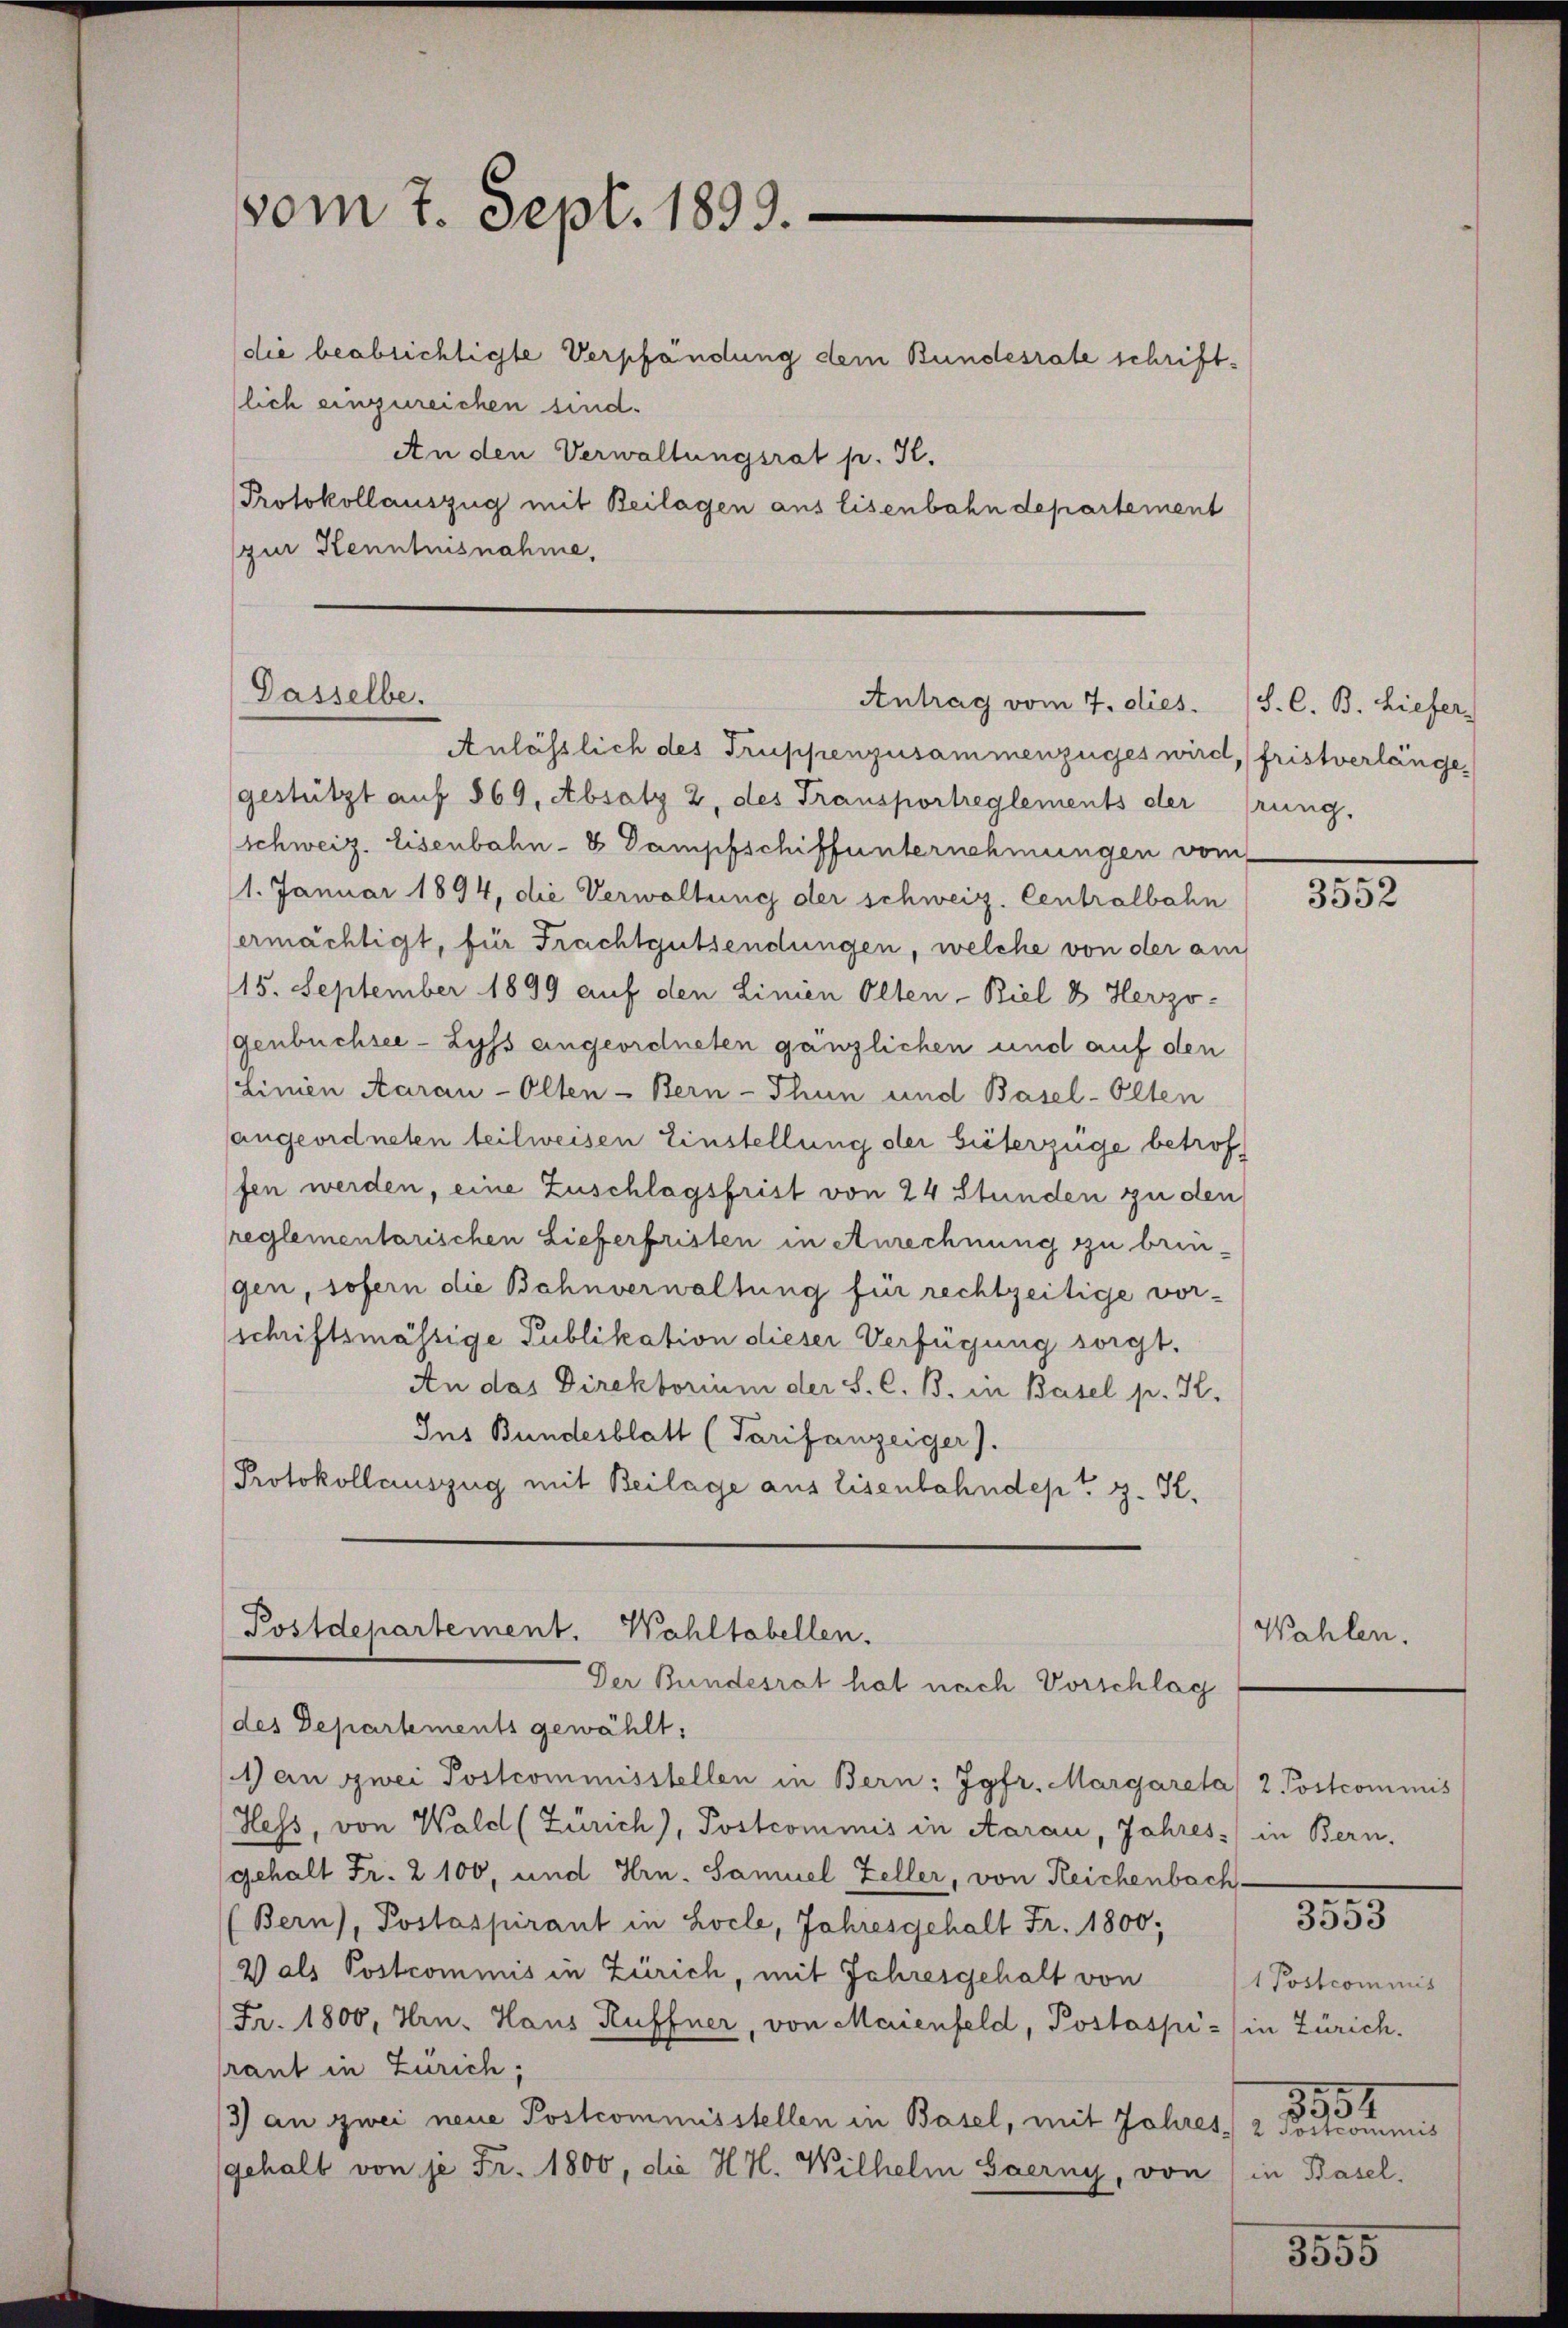
Anlässlich des Truppenzusammenzuges wird, fristverlänge
gestützt auf 869, Absatz 2, des Transportreglements der Grung,
schweiz. Eisenbahn- & Dampfschiffunternehmungen vom
1. Januar 1894, die Verwaltung der schweiz. Centralbahn
ermächtigt, für Frachtgutsendungen, welche von der am
15. September 1899 auf den Linien Olten-Biel & Herzo-
genbüchsee - Lyss angeordneten gänzlichen und auf den
Linien Aarau - Olten - Bern - Thun und Basel-Olten
angeordneten teilweisen Einstellung der bieterzüge betroffen werden, eine Zuschlagsfrist von 24 Stunden zu den
reglementarischen Lieferfristen in Anrechnung zu bringen, sofern die Bahnverwaltung für rechtzeitige vor-
schriftsmässige Publikation dieser Verfügung sorgt.
An das Direktorium der S. C. B. in Basel p. K.
Ins Bundesblatt (Tarifanzeiger).
Protokollauszug mit Beilage aus Eisenbahndept v. K.

vom 7. Sept. 1899.

(die beabsichtigte Verpfändung dem Bundesrate schriftlich einzureichen sind.
An den Verwaltungsrat p. I.
Protokollauszug mit Beilagen aus Eisenbahndepartement
zur Kenntnisnahme,

Dasselbe.
Antrag vom 7. dies

Postdepartement. Wahltabellen.
Der Bundesrat hat nach Vorschlag
des Departements gewählt:

A an zwei Postcommisstellen in Bern: Jgfr. Margareta 2 Postcommis
Hess, von Wald (Zürich), Postcommis in Aarau, Jahres in Bern,
gehalt Fr. 2100, und Hrn. Samuel Zeller, von Reichenbach
Bern), Postaspirant in Locle, Jahresgehalt Fr. 1800;
2 als Postcommis in Zürich, mit Jahresgehalt von
Fr. 1800, Hrn. Haus Ruffner, von Maienfeld, Postaspi- in Zürich.
rant in Zürich;
3) an zwei neue Postcommisstellen in Basel, mit Jahres, 2 Postcommis
gehalt von je Fr. 1800, die Hr. Wilhelm Saerny, von

S. C. B. Liefer

3552

Wahlen.

3553

1 Postcommis
3554
in Basel,

3555